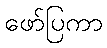
ဖော်ပြကာ